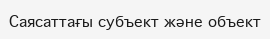
Саясаттағы субъект және объект